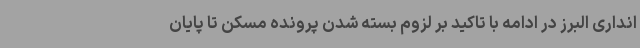
انداری البرز در ادامه با تاکید بر لزوم بسته شدن پرونده مسکن تا پایان